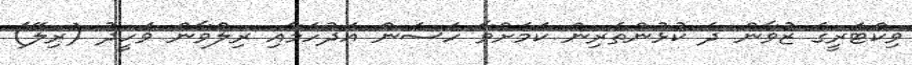
ވިކްޓަރީގެ ޒުވާން ދެ ކުޅުންތެރިން ކަމަށްވާ ހަސަން އަދުހަމާއި ރިލްވާން ވަހީދު (ރިލޭ)